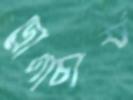
দ্রোণাচার্য